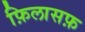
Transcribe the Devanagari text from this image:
फ़िलासफ़